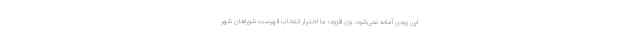
این زودی آماده نمی‌شود. وی افزود: ما اختیار انتخاب فهرست شوراهای شهر